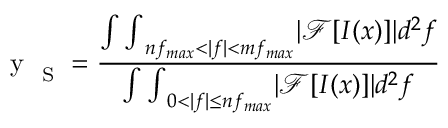
\mathrm { ~ y ~ } _ { \mathrm { ~ S ~ } } = \frac { { \int \int } _ { n f _ { m a x } < | f | < m f _ { m a x } } | \mathcal { F } [ I ( x ) ] | d ^ { 2 } f } { { \int \int } _ { 0 < | f | \leq n f _ { m a x } } | \mathcal { F } [ I ( x ) ] | d ^ { 2 } f }